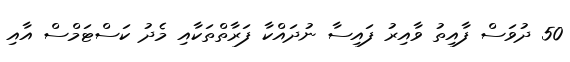
50 ދުވަސް ފާއިތު ވާއިރު ފައިސާ ނުދައްކާ ފަރާތްތަކާއި މެދު ކަސްޓަމްސް އާއި